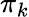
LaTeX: \pi_{k}